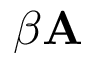
\beta \mathbf { A }